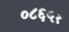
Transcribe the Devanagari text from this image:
०८६५१